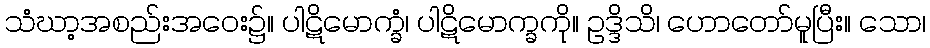
သံဃာ့အစည်းအဝေး၌။ ပါဋိမောက္ခံ၊ ပါဋိမောက္ခကို။ ဥဒ္ဒိသိ၊ ဟောတော်မူပြီး။ သော၊